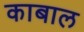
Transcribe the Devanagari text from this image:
काबाल